Calcutta medical institutions reports 1871-78
Year: 1871
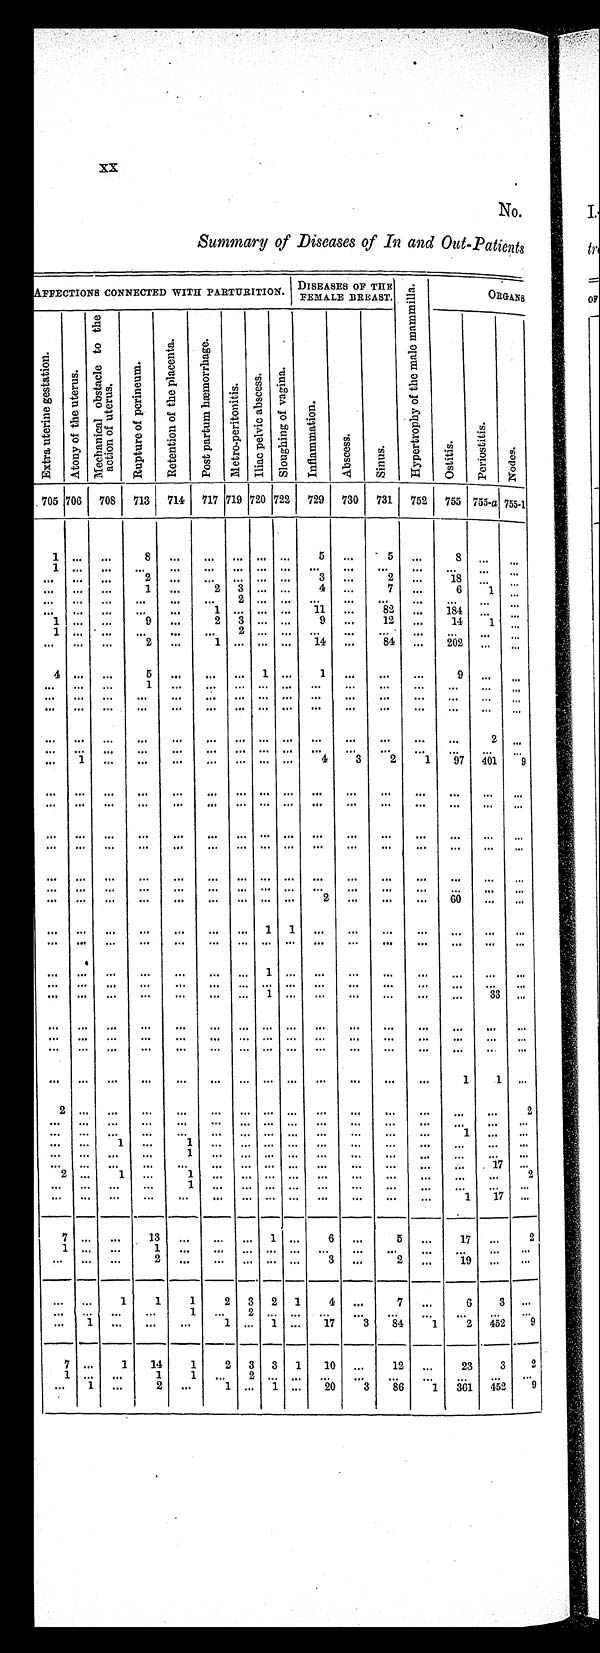
XX
No.
Summary of Diseases of In and Out-Patients
AFFECTIONS CONNECTED WITH PARTURITION. DISEASES OF THE FEMALE BREAST. H y p e r t r o p h y o f t h e m a l e m a m m i l l a .
ORGANS
E x t r a u t e r i n e g e s t a t i o n . A t o n y o f t h e u t e r u s .
M e c h a n i c a l o b s t a c l e t o t h e a c t i o n o f u t e r u s .
R u p t u r e o f p e r i n e u m .
R e t e n t i o n o f t h e p l a c e n t a . P o s t p a r t u m h æ m o r r h a g e .
M e t r o - p e r i t o n i t i s .
I l i a c p e l v i c a b s c e s s .
S l o u g h i n g o f v a g i n a .
I n f l a m m a t i o n .
A b s c e s s .
S i n u s .
O s t i t i s . P e r i o s t i t i s .
Node s .
705 706 708 713 714 717 719 720 722 729 730 731 752 755 755-a 755-1
1 . . .
. . .
8
. . .
. . . . . . . . . . . .
5
. . .
5
. . .
8
. . .
. . .
1 . . .
. . .
. . .
. . . ... ... ... ... ... ... ... ...
. . .
. . .
. . .
. . .
. . .
. . .
2 ... ... ... ... ...
3 ...
2
. . . 18 ...
. . .
...
. . .
. . .
1 ...
2 3 ... ...
4 ...
7
. . . 6
1
. . .
. . . . . .
. . .
. . . . . .
. . .
2 . . . . . .
. . .
. . .
. . .
. . .
. . .
. . .
. . .
. . . . . . ...
. . . ...
1 . . . . . . . . .
1 1
. . . 82
. . . 184
. . .
. . .
1 . . .
. . .
9 ...
2 3 ... ...
9 ...
12 ...
14
1
. . .
1 . . .
. . .
. . .
. . .
. . . 2 . . . . . .
. . .
. . .
. . .
. . .
. . .
. . .
. . .
... ...
. . .
2 ...
1 . . . . . . . . .
1 4
. . . 84
. . . 202 ...
. . .
4 . . .
. . .
5
. . .
. . . . . . 1 . . .
1
. . .
. . .
. . .
9
. . .
. . .
. . .
. . . ...
1 ...
. . . ...
. . . ...
. . . ... ...
...
. . . ... ...
. . . . . .
. . .
...
... ... ... ... ... ... ... ... ... ... ...
. . .
. . .
. . . ... ... ... ... ... ... ... ... ... ... ... ...
2 ..,
... ... ... ...
. . .
. . . . . . . . . . . .
. . .
. . .
. . .
. . .
. . .
. . .
. . .
. . .
1
. . .
. . .
. . .
. . . . . . . . . . . .
4
3
2
1 97 401
9
. . . . . .
. . .
. . .
. . .
. . . . . . . . . . . .
. . .
. . .
. . . . . . ... ...
... ... ... ...
. . .
. . . . . . . . . . . .
. . .
. . .
. . .
. . .
. . .
. . .
. . .
...
...
... ... ...
... ... ... ... ... ... ... ... ... ... ...
. . .
. . .
... ... ...
... ... ... ... ... ... ... ...
... ... ... ...
... ... ...
...
. . .
. . .
. . . ... ... ... ... ...
...
. . . ...
. . .
... .... ... ...
. . . ... ...
. . . . . . ... ... ...
. . . ...
. . .
. . .
... ... ... ...
... ...
. . . . . . ...
2
. . .
. . .
. . .
. . .
. . .
. . .
. . . . . .
. . .
. . .
. . .
. . . 1 1 . . . ... ... ... ... ... ... ...
. . . . . .
. . .
. . .
. . .
. . . . . . . . . . . .
. . .
. . .
. . .
. . .
. . .
. . .
. . .
. . . . . .
. . .
. . .
. . .
. . . 1 . . . . . .
. . .
. . .
. . .
. . .
. . .
. . . . . .
... ... ... ...
... ... ... ... ... ... ... ... ... ... ... ...
. . . . . .
. . .
. . .
. . .
. . . . . .
. . .
. . .
. . .
. . .
. . .
. . .
. . . 33
. . .
. . . . . .
. . .
. . .
. . .
. . . . . . . . . . . .
. . .
. . .
. . .
. . .
. . .
. . .
. . .
...
...
...
...
... ...
... ...
. . . . . . . . .
. . .
. . .
. . .
. . .
. . .
. . .
. . .
. . . . . .
... ... ... ... ... ... ... ... ... ... ... ...
. . . ...
. . . . . .
. . .
. . . ... ...
. . . ... ... ... ... ... ...
1
1
. . .
2 . . .
. . .
. . .
. . .
. . . . . . . . . . . .
. . .
. . .
. . .
. . .
. . .
. . .
2
. . .
. . .
. . .
. . . ...
. . . ... ...
. . . . . . ... ... ...
. . . ...
. . .
...
... ...
. . .
. . . . . . . . . . . .
. . .
. . .
. . .
. . . 1
. . .
. . .
... ...
1 ...
1 ... ... ... ... ... ...
. . .
. . .
. . . ... ...
. . . . . .
. . .
. . . 1 ... ... ... ... ... ...
...
...
...
...
...
...
...
...
...
... ... ... ... ... ... ... ... ... ... ...
. . .
. . .
. . . 17
. . .
2
. . . 1 ...
1 ... ... ... ... ... ...
...
...
... ...
. . . 2
. . . ... ... ...
1
. . . . . . . . . . . .
. . .
. . .
. . . ...
. . . ...
. . .
. . . . . .
. . .
. . .
. . . . . . ... ... ... ... ...
. . . . . .
1 17 ...
7
. . .
. . . 13 ... ...
. . .
...
1 . . .
...
6
. . .
5
. . .
1 7
. . .
2
1 ... ...
1
. . . ... ... ... ...
. . .
. . . ...
. . .
. . . ...
. . .
. . . . . .
. . .
2
. . .
. . . . . . . . .
. . . 3
. . .
2
. . . 19
. . .
. . .
... ...
1
1
1
2 3 2
1
4 ...
7
. . .
6
3
. . .
... ... ...
...
1
. . . 2 . . . . . .
. . .
. . .
. . . ...
. . .
. . . ...
... 1
. . .
. . . ... ...
1 ... 1 ... 17
3
8 4
1 2 452 9
7
. . . 1 14
1
2 3 3 1
10
. . .
12
. . .
2 3 3
2
1
. . .
. . . 1
1
. . .
2 . . . . . .
. . . ...
. . . ...
. . .
. . .
. . .
. . . 1
. . .
2
. . .
1 ... 1 ... 20
3 86
1 361 452
9